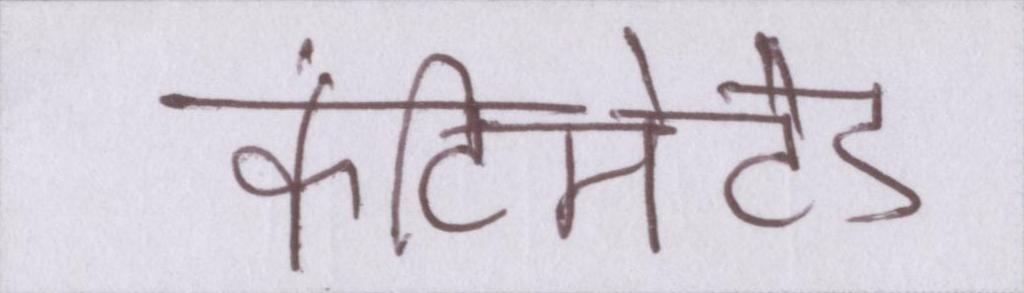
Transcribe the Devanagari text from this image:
कंटिमेटेड